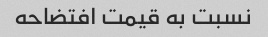
نسبت به قیمت افتضاحه